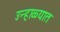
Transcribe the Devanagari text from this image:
उन्‍हाळ्यात